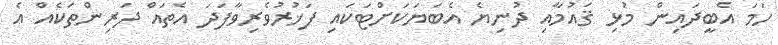
ހަމަ އެބީދައިން މުޅި ޤައުމާއި ދުނިޔެ އެބަޔަކަށްޓަކައި ފަޚުރުވެރިވާފަދަ އެތައް ދަރިންތަކެއް އެ